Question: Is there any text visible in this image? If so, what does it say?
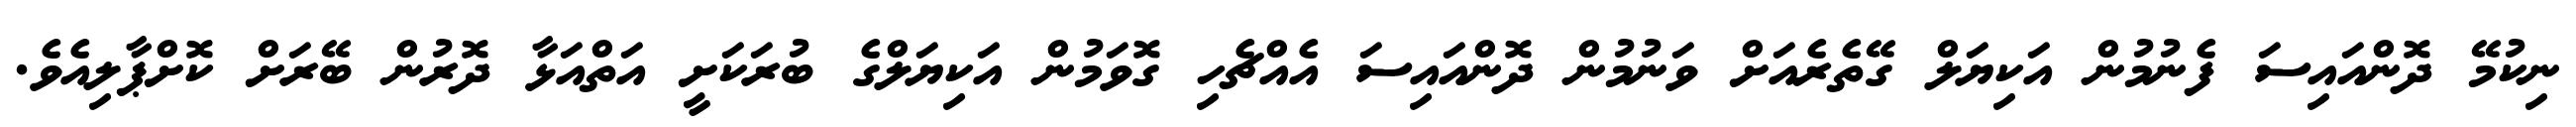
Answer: ނިކުމޭ ދޮންއައިސަ ފެނުމުން އަކިޔަލް ގޭތެރެއަށް ވަނުމުން ދޮންއައިސަ އެއްޗެހި ގޮވަމުން އަކިޔަލްގެ ބުރަކަށީ އަތްއަޅާ ދޮރުން ބޭރަށް ކޮށްޕާލިއެވެ.